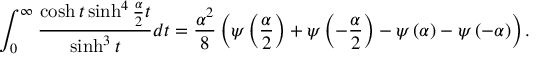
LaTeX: \int _ { 0 } ^ { \infty } \frac { \cosh t \sinh ^ { 4 } \frac { \alpha } { 2 } t } { \sinh ^ { 3 } t } d t = \frac { \alpha ^ { 2 } } { 8 } \left( \psi \left( \frac { \alpha } { 2 } \right) + \psi \left( - \frac { \alpha } { 2 } \right) - \psi \left( \alpha \right) - \psi \left( - \alpha \right) \right) .